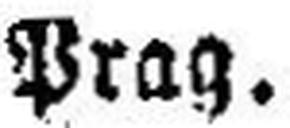
Prag